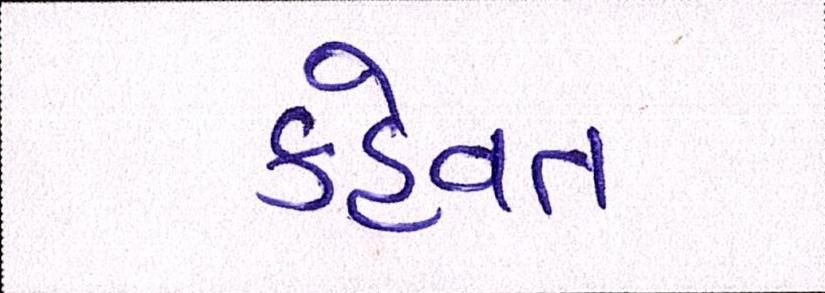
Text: કહેવત